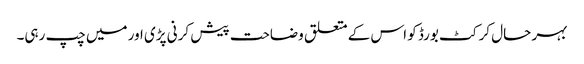
بہر حال کرکٹ بورڈ کو اس کے متعلق وضاحت پیش کرنی پڑی اور میں چپ رہی۔